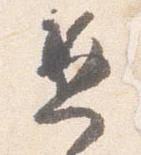
兼